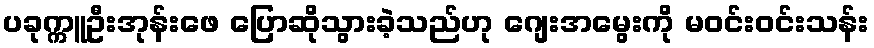
ပခုက္ကူဦးအုန်းဖေ ပြောဆိုသွားခဲ့သည်ဟု ဂျေးအမွေးကို မဝင်းဝင်းသန်း